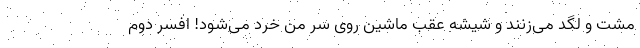
مشت و لگد می‌زنند و شیشه عقب ماشین روی سر من خرد می‌شود! افسر دوم